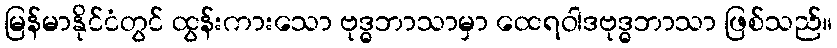
မြန်မာနိုင်ငံတွင် ထွန်းကားသော ဗုဒ္ဓဘာသာမှာ ထေရဝါဒဗုဒ္ဓဘာသာ ဖြစ်သည်။